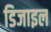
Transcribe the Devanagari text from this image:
डिजाइल